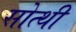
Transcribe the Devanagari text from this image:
सोत्थी